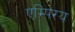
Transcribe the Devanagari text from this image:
एम्पिरय